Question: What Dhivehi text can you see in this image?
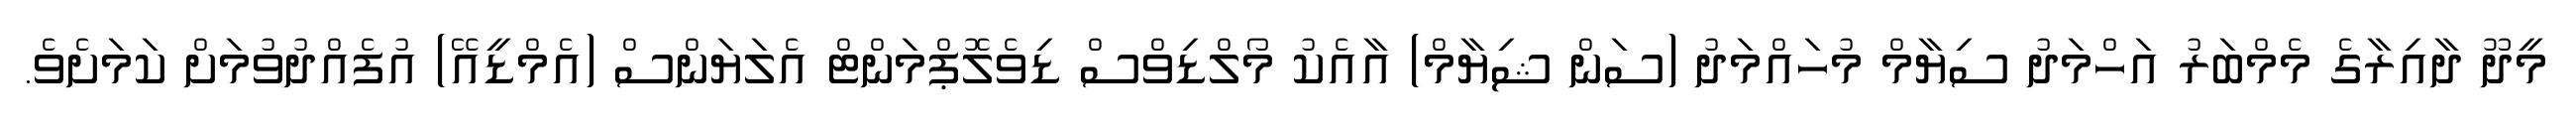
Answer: މީދޫ ދާއިރާގެ މެމްބަރު އަހްމަދު ސިޔާމް މުހައްމަދު (ސަން ޝިޔާމް) އާއެކު މޯލްޑިވްސް ޑިވެލޮޕްމަންޓް އެލަޔަންސް (އެމްޑީއޭ) އުފެއްދުވުމަށް ކަމަށެވެ.